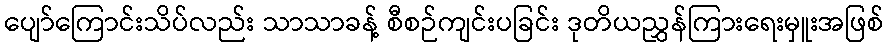
ပျော်ကြောင်းသိပ်လည်း သာသာခန့် စီစဉ်ကျင်းပခြင်း ဒုတိယညွှန်ကြားရေးမှူးအဖြစ်